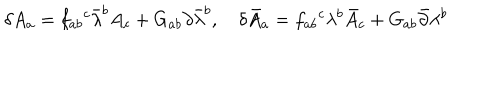
\delta A _ { a } = f _ { a b } { } ^ { c } \bar { \lambda } ^ { b } A _ { c } + G _ { a b } \partial \bar { \lambda } ^ { b } , \delta \bar { A } _ { a } = f _ { a b } { } ^ { c } \lambda ^ { b } \bar { A } _ { c } + G _ { a b } \bar { \partial } \lambda ^ { b }